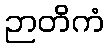
ဉာတိကံ